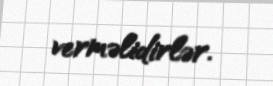
verməlidirlər.